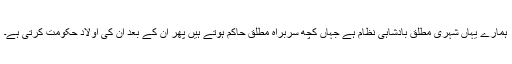
ہمارے یہاں شہرى مطلق بادشاہى نظام ہے جہاں کچھ سربراه مطلق حاکم ہوتے ہیں پھر ان کے بعد ان کى اولاد حکومت کرتى ہے۔